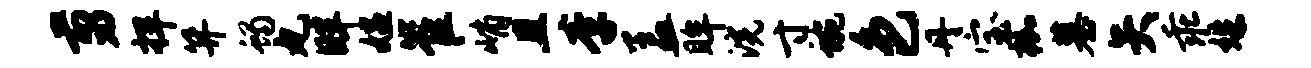
剪捍笄蝎丸畔媪崔峭且李盖眸浣寸蜿色丹宝枷墓矢乖姝